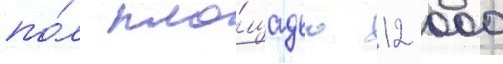
по́л пло́щадью 12 000